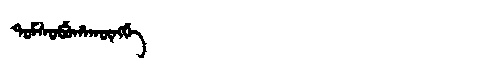
Manchu: ᡨᠣᠮᠰᠣᠪᡠᡥᠠᡴᡡᠩᡤᡝ
Romanization: TOMSOBUHAKŪNGGE